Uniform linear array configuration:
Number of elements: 64
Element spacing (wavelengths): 0.25
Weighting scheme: hann
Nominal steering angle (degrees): -30
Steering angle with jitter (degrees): -29.757
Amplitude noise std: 0.05
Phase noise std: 0.05

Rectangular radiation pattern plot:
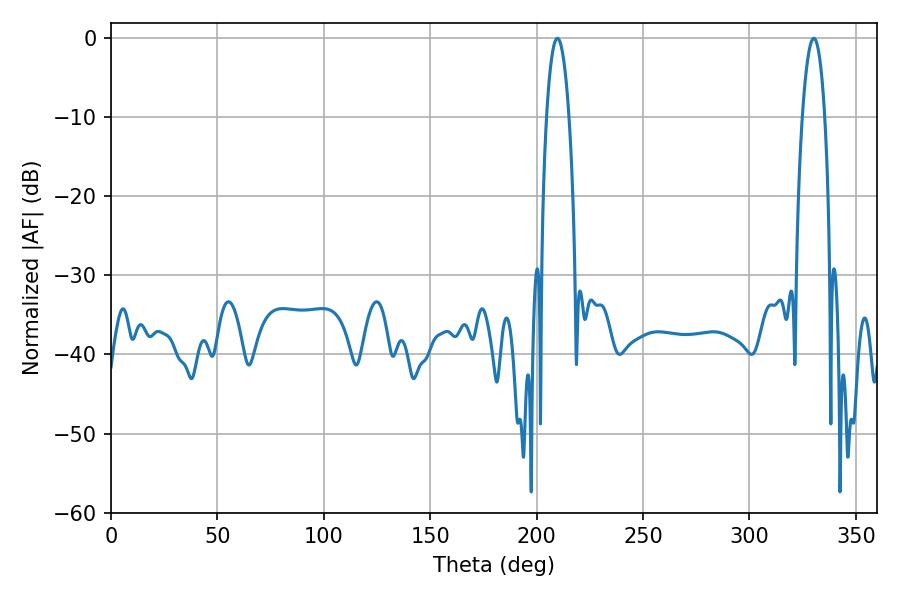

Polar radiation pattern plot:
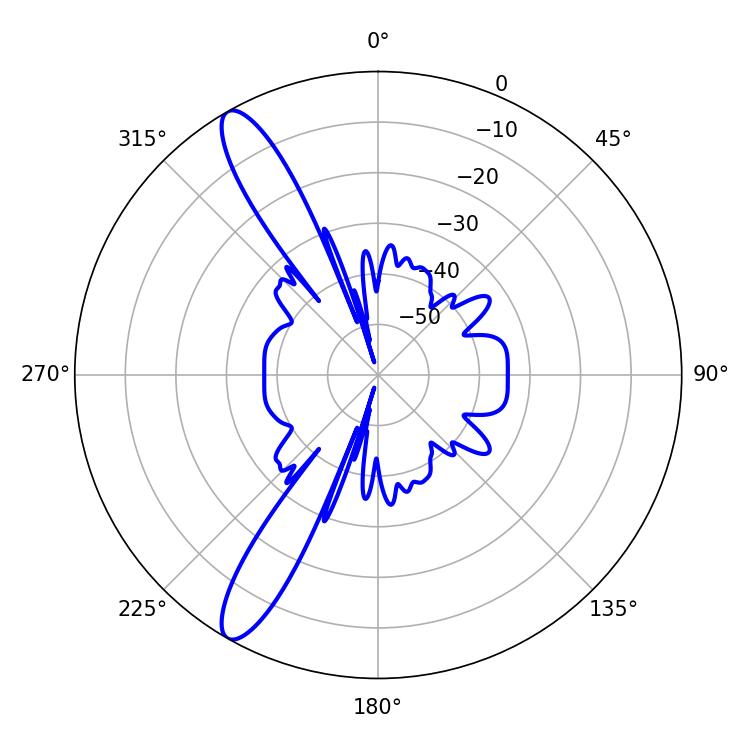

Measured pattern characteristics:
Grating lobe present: FALSE
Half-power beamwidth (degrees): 5.94
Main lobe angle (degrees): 330.3